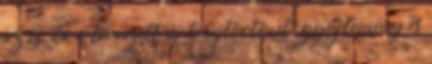
az is, ha a tervezett új helytörténeti gyűjtemény és